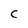
Character: C